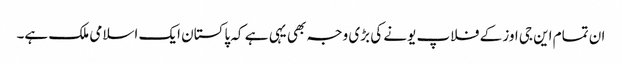
ان تمام این جی اوز کے فلاپ یونے کی بڑی وجہ بھی یہی ہے کہ پاکستان ایک اسلامی ملک ہے۔